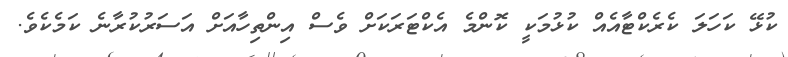
ކުޅޭ ކަހަލަ ކެރެކްޓާއެއް ކުޅުމަކީ ކޮންމެ އެކްޓަރަކަށް ވެސް އިންތިހާއަށް އަސަރުކުރާނެ ކަމެކެވެ.